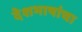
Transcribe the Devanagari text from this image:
देशभाषांचा